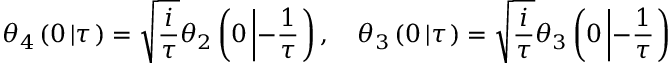
\theta _ { 4 } \left( 0 \left| \tau \right. \right) = \sqrt { \frac { i } { \tau } } \theta _ { 2 } \left( 0 \left| - \frac { 1 } { \tau } \right. \right) , \quad \theta _ { 3 } \left( 0 \left| \tau \right. \right) = \sqrt { \frac { i } { \tau } } \theta _ { 3 } \left( 0 \left| - \frac { 1 } { \tau } \right. \right)